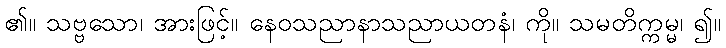
၏။ သဗ္ဗသော၊ အားဖြင့်။ နေဝသညာနာသညာယတနံ၊ ကို။ သမတိက္ကမ္မ၊ ၍။